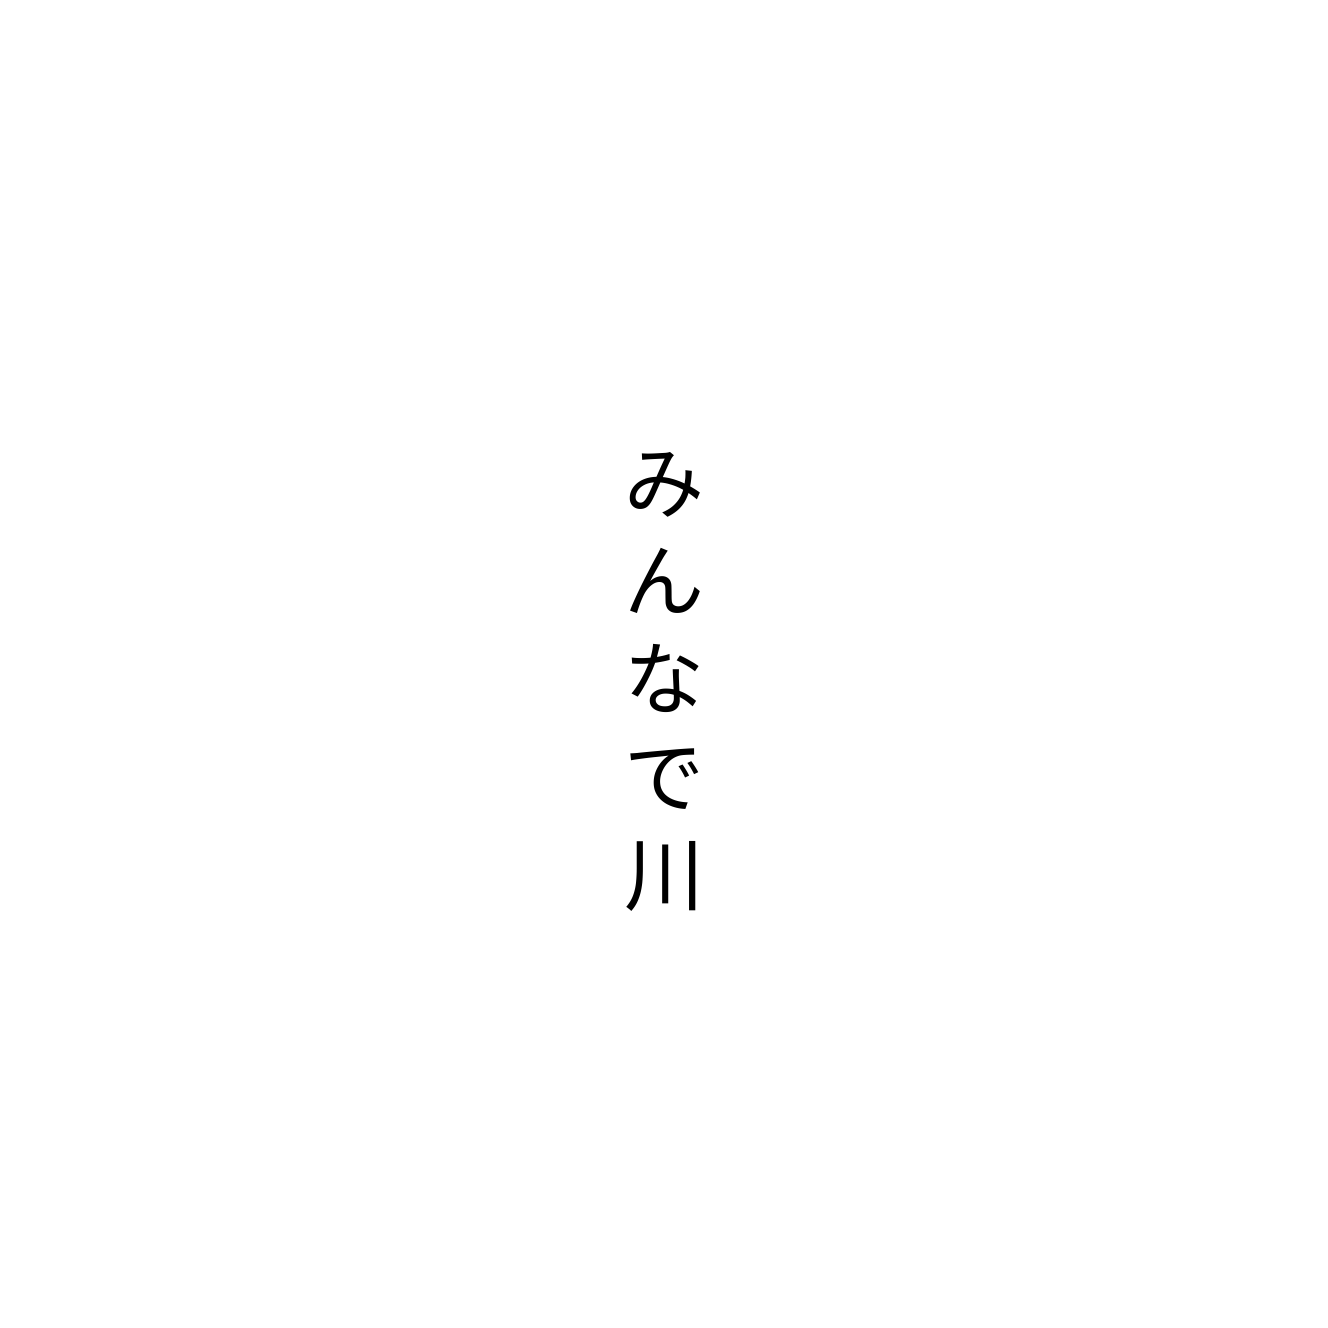
みんなで川